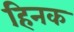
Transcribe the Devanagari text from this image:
हिनक